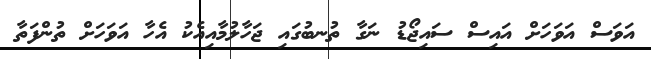
އަވަސް އަވަހަށް އައިސް ސައިޖޯޑު ނަގާ ތުނބުގައި ޖަހާލުމާއިއެކު އެހާ އަވަހަށް ތުންފަތާ